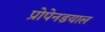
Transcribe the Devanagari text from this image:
प्रोपेनडयाल